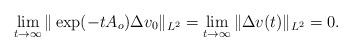
LaTeX: \begin{align*}\lim_{t\to\infty} \|\exp(-tA_o)\Delta v_0\|_{L^2}= \lim_{t\to\infty} \|\Delta v(t)\|_{L^2} = 0.\end{align*}